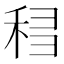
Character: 𰨨